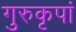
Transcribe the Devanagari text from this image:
गुरुकृपां